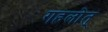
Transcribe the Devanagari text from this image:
गहलोत्